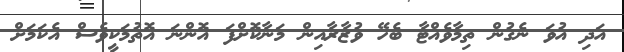
އަދި އުވަ ނެގުން ތިމާވެއްޓާ ބެހޭ ވުޒާރާއިން މަނާކޮށްފަ އޮންނަ އޮތުމަކީވެސް އެކަމަށް